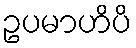
ဥပမာဟိပိ